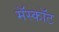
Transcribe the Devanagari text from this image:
मॅस्कॉट